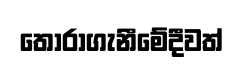
තෝරාගැනීමේදීවත්